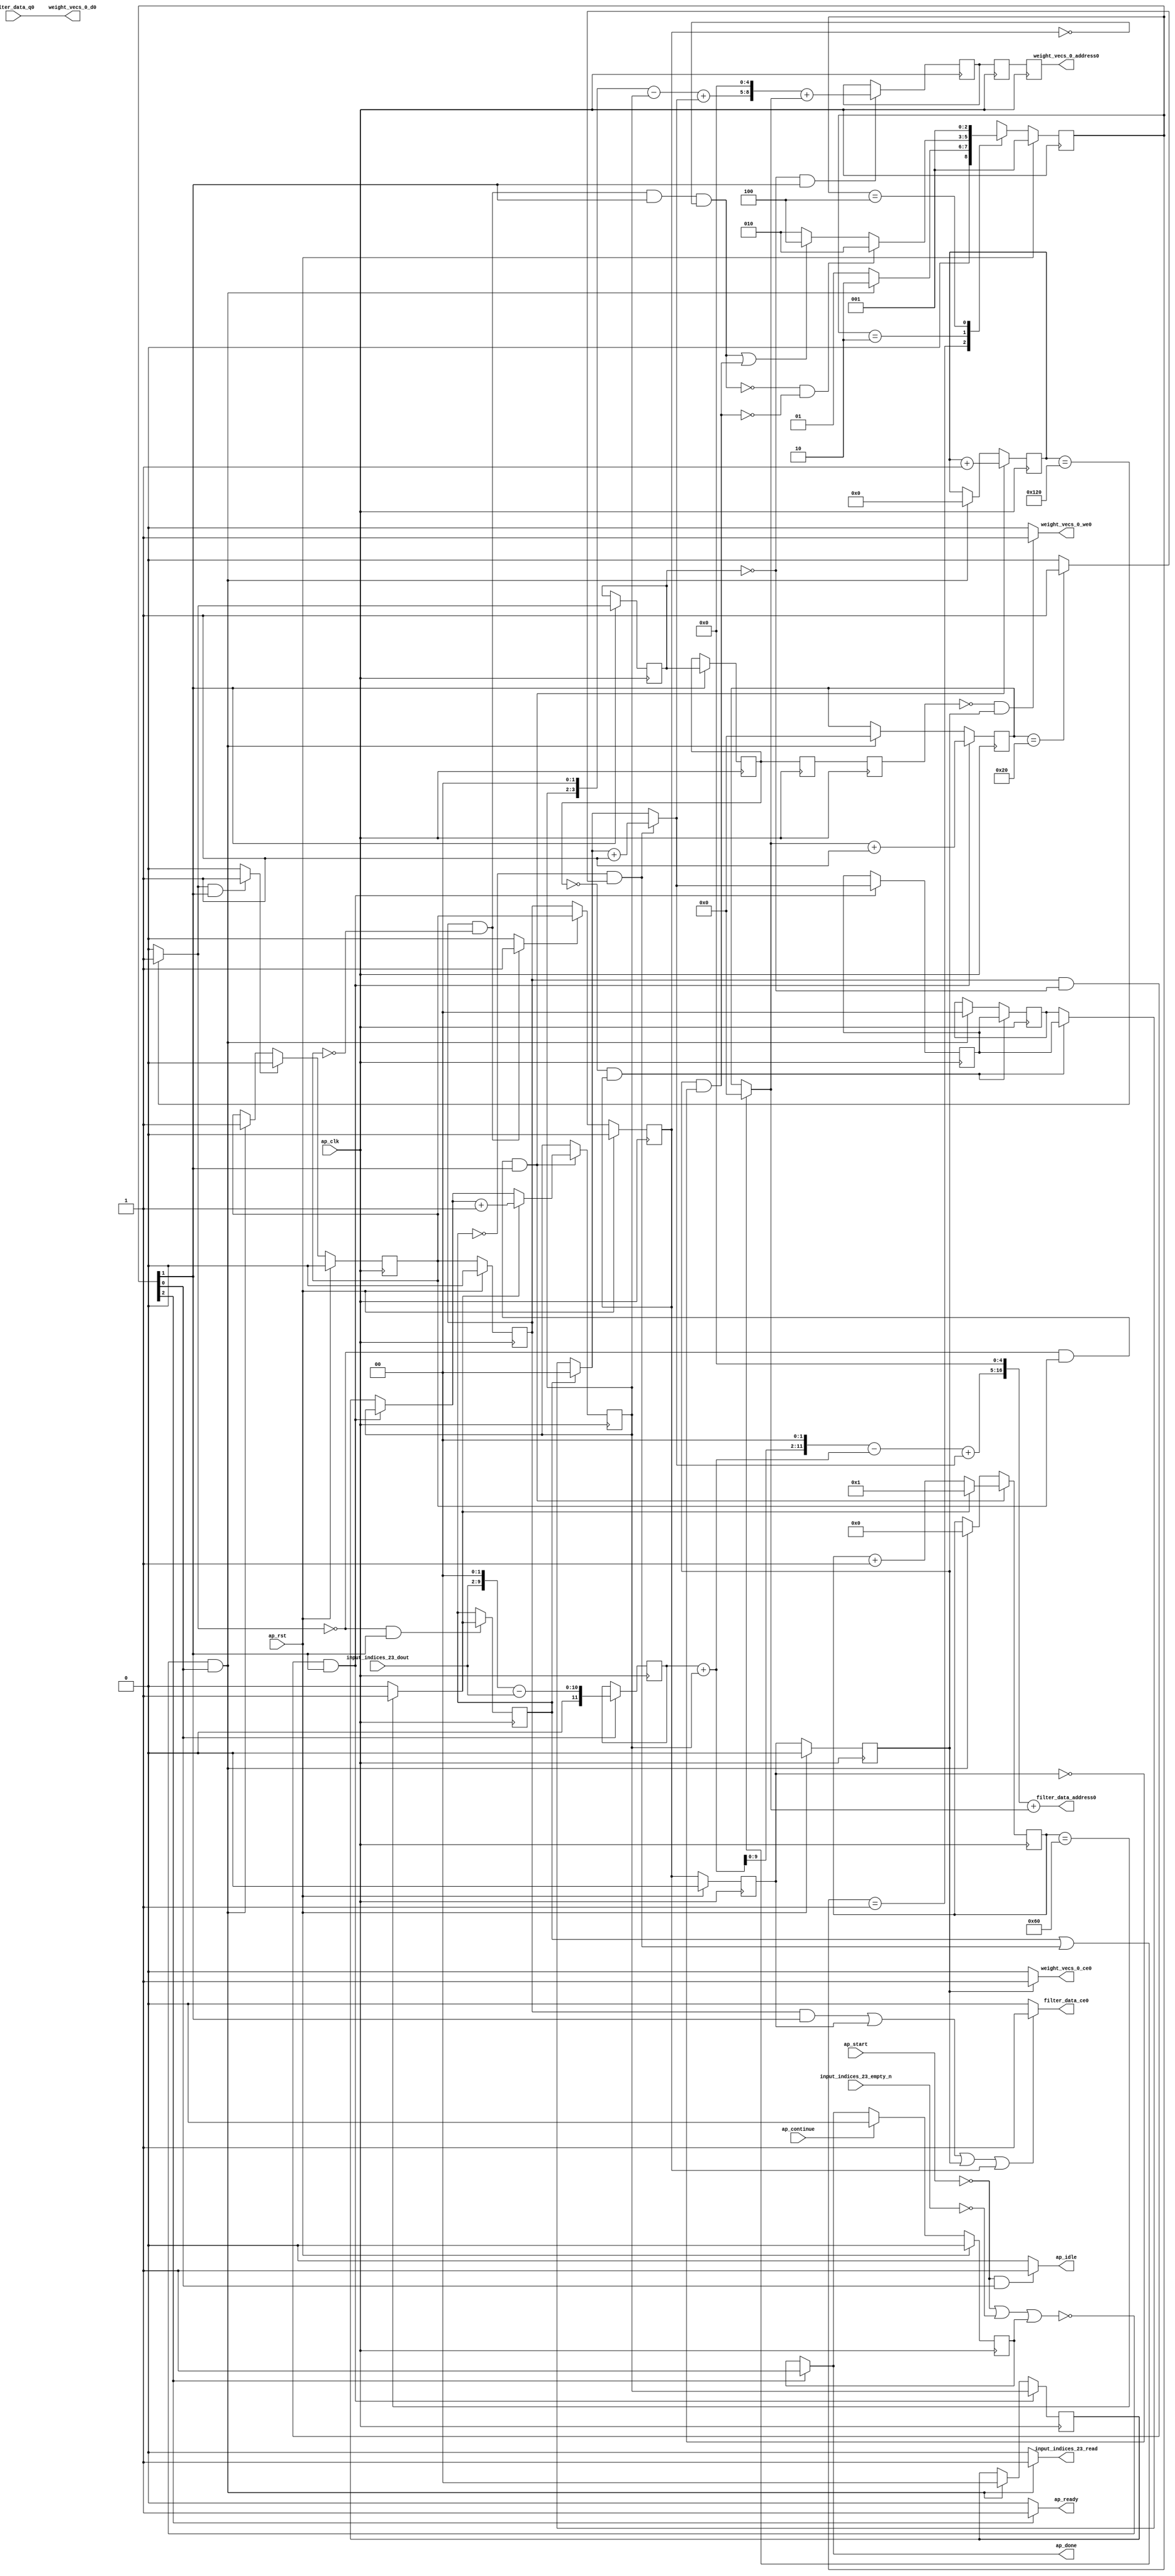
`define EXPONENT 5
`define MANTISSA 10
`define ACTUAL_MANTISSA 11
`define EXPONENT_LSB 10
`define EXPONENT_MSB 14
`define MANTISSA_LSB 0
`define MANTISSA_MSB 9
`define MANTISSA_MUL_SPLIT_LSB 3
`define MANTISSA_MUL_SPLIT_MSB 9
`define SIGN 1
`define SIGN_LOC 15
`define DWIDTH (`SIGN+`EXPONENT+`MANTISSA)
`define IEEE_COMPLIANCE 1

module td_fused_top_tdf8_readFilters56 (
        ap_clk,
        ap_rst,
        ap_start,
        ap_done,
        ap_continue,
        ap_idle,
        ap_ready,
        filter_data_address0,
        filter_data_ce0,
        filter_data_q0,
        input_indices_23_dout,
        input_indices_23_empty_n,
        input_indices_23_read,
        weight_vecs_0_address0,
        weight_vecs_0_ce0,
        weight_vecs_0_we0,
        weight_vecs_0_d0
);

parameter    ap_ST_fsm_state1 = 3'd1;
parameter    ap_ST_fsm_pp0_stage0 = 3'd2;
parameter    ap_ST_fsm_state7 = 3'd4;

input   ap_clk;
input   ap_rst;
input   ap_start;
output   ap_done;
input   ap_continue;
output   ap_idle;
output   ap_ready;
output  [16:0] filter_data_address0;
output   filter_data_ce0;
input  [15:0] filter_data_q0;
input  [7:0] input_indices_23_dout;
input   input_indices_23_empty_n;
output   input_indices_23_read;
output  [8:0] weight_vecs_0_address0;
output   weight_vecs_0_ce0;
output   weight_vecs_0_we0;
output  [15:0] weight_vecs_0_d0;

reg ap_done;
reg ap_idle;
reg ap_ready;
reg filter_data_ce0;
reg input_indices_23_read;
reg weight_vecs_0_ce0;
reg weight_vecs_0_we0;

reg    ap_done_reg;
  reg   [2:0] ap_CS_fsm;
wire    ap_CS_fsm_state1;
reg    input_indices_23_blk_n;
reg   [8:0] indvar_flatten13_reg_123;
reg   [1:0] ii_reg_134;
reg   [7:0] indvar_flatten_reg_145;
reg   [1:0] jj_reg_156;
reg   [5:0] kk_reg_167;
wire   [11:0] sext_ln47_fu_200_p1;
reg   [11:0] sext_ln47_reg_408;
wire   [8:0] add_ln47_1_fu_204_p2;
wire    ap_CS_fsm_pp0_stage0;
reg    ap_enable_reg_pp0_iter0;
wire    ap_block_state2_pp0_stage0_iter0;
wire    ap_block_state3_pp0_stage0_iter1;
wire    ap_block_state4_pp0_stage0_iter2;
wire    ap_block_state5_pp0_stage0_iter3;
wire    ap_block_state6_pp0_stage0_iter4;
wire    ap_block_pp0_stage0_11001;
wire   [0:0] icmp_ln47_fu_210_p2;
reg   [0:0] icmp_ln47_reg_418;
reg   [0:0] icmp_ln47_reg_418_pp0_iter1_reg;
reg   [0:0] icmp_ln47_reg_418_pp0_iter2_reg;
reg   [0:0] icmp_ln47_reg_418_pp0_iter3_reg;
wire   [0:0] icmp_ln48_fu_222_p2;
reg   [0:0] icmp_ln48_reg_422;
wire   [1:0] select_ln47_1_fu_228_p3;
reg   [1:0] select_ln47_1_reg_429;
wire   [7:0] select_ln48_2_fu_242_p3;
wire   [1:0] select_ln48_1_fu_329_p3;
reg   [1:0] select_ln48_1_reg_442;
reg    ap_enable_reg_pp0_iter1;
wire   [8:0] add_ln55_4_fu_392_p2;
reg   [8:0] add_ln55_4_reg_452;
reg   [8:0] add_ln55_4_reg_452_pp0_iter2_reg;
reg   [8:0] add_ln55_4_reg_452_pp0_iter3_reg;
wire   [5:0] add_ln49_fu_398_p2;
reg    ap_block_state1;
wire    ap_block_pp0_stage0_subdone;
reg    ap_condition_pp0_flush_enable;
reg    ap_enable_reg_pp0_iter2;
reg    ap_condition_pp0_exit_iter1_state3;
reg    ap_enable_reg_pp0_iter3;
reg    ap_enable_reg_pp0_iter4;
reg   [1:0] ap_phi_mux_ii_phi_fu_138_p4;
wire    ap_block_pp0_stage0;
reg   [1:0] ap_phi_mux_jj_phi_fu_160_p4;
wire   [63:0] zext_ln55_9_fu_387_p1;
wire   [63:0] zext_ln55_10_fu_404_p1;
wire   [9:0] tmp_fu_182_p3;
wire   [10:0] zext_ln55_2_fu_190_p1;
wire   [10:0] zext_ln55_fu_178_p1;
wire   [10:0] sub_ln55_fu_194_p2;
wire   [1:0] add_ln47_fu_216_p2;
wire   [7:0] add_ln48_1_fu_236_p2;
wire   [11:0] zext_ln55_4_fu_260_p1;
wire   [11:0] add_ln55_fu_263_p2;
wire   [11:0] shl_ln55_fu_268_p2;
wire   [3:0] tmp_s_fu_280_p3;
wire   [3:0] zext_ln55_3_fu_257_p1;
wire   [0:0] icmp_ln49_fu_298_p2;
wire   [0:0] xor_ln47_fu_293_p2;
wire   [1:0] select_ln47_fu_250_p3;
wire   [0:0] and_ln47_fu_304_p2;
wire   [0:0] or_ln48_fu_316_p2;
wire   [1:0] add_ln48_fu_310_p2;
wire   [11:0] sub_ln55_1_fu_274_p2;
wire   [11:0] zext_ln55_6_fu_341_p1;
wire   [11:0] add_ln55_1_fu_345_p2;
wire   [3:0] sub_ln55_2_fu_287_p2;
wire   [3:0] zext_ln55_5_fu_337_p1;
wire   [3:0] add_ln55_2_fu_359_p2;
wire   [5:0] select_ln48_fu_321_p3;
wire   [16:0] tmp_24_cast_fu_351_p3;
wire   [16:0] zext_ln55_8_fu_377_p1;
wire   [16:0] add_ln55_3_fu_381_p2;
wire   [8:0] tmp_26_cast_fu_365_p3;
wire   [8:0] zext_ln55_7_fu_373_p1;
wire    ap_CS_fsm_state7;
reg   [2:0] ap_NS_fsm;
reg    ap_idle_pp0;
wire    ap_enable_pp0;
wire    ap_ce_reg;

// power-on initialization
initial begin
#0 ap_done_reg = 1'b0;
#0 ap_CS_fsm = 3'd1;
#0 ap_enable_reg_pp0_iter0 = 1'b0;
#0 ap_enable_reg_pp0_iter1 = 1'b0;
#0 ap_enable_reg_pp0_iter2 = 1'b0;
#0 ap_enable_reg_pp0_iter3 = 1'b0;
#0 ap_enable_reg_pp0_iter4 = 1'b0;
end

always @ (posedge ap_clk) begin
    if (ap_rst == 1'b1) begin
        ap_CS_fsm <= ap_ST_fsm_state1;
    end else begin
        ap_CS_fsm <= ap_NS_fsm;
    end
end

always @ (posedge ap_clk) begin
    if (ap_rst == 1'b1) begin
        ap_done_reg <= 1'b0;
    end else begin
        if ((ap_continue == 1'b1)) begin
            ap_done_reg <= 1'b0;
        end else if ((1'b1 == ap_CS_fsm_state7)) begin
            ap_done_reg <= 1'b1;
        end
    end
end

always @ (posedge ap_clk) begin
    if (ap_rst == 1'b1) begin
        ap_enable_reg_pp0_iter0 <= 1'b0;
    end else begin
        if ((1'b1 == ap_condition_pp0_flush_enable)) begin
            ap_enable_reg_pp0_iter0 <= 1'b0;
        end else if ((~((ap_start == 1'b0) | (input_indices_23_empty_n == 1'b0) | (ap_done_reg == 1'b1)) & (1'b1 == ap_CS_fsm_state1))) begin
            ap_enable_reg_pp0_iter0 <= 1'b1;
        end
    end
end

always @ (posedge ap_clk) begin
    if (ap_rst == 1'b1) begin
        ap_enable_reg_pp0_iter1 <= 1'b0;
    end else begin
        if ((1'b0 == ap_block_pp0_stage0_subdone)) begin
            ap_enable_reg_pp0_iter1 <= ap_enable_reg_pp0_iter0;
        end
    end
end

always @ (posedge ap_clk) begin
    if (ap_rst == 1'b1) begin
        ap_enable_reg_pp0_iter2 <= 1'b0;
    end else begin
        if ((1'b0 == ap_block_pp0_stage0_subdone)) begin
            if ((1'b1 == ap_condition_pp0_exit_iter1_state3)) begin
                ap_enable_reg_pp0_iter2 <= ap_enable_reg_pp0_iter0;
            end else if ((1'b1 == 1'b1)) begin
                ap_enable_reg_pp0_iter2 <= ap_enable_reg_pp0_iter1;
            end
        end
    end
end

always @ (posedge ap_clk) begin
    if (ap_rst == 1'b1) begin
        ap_enable_reg_pp0_iter3 <= 1'b0;
    end else begin
        if ((1'b0 == ap_block_pp0_stage0_subdone)) begin
            ap_enable_reg_pp0_iter3 <= ap_enable_reg_pp0_iter2;
        end
    end
end

always @ (posedge ap_clk) begin
    if (ap_rst == 1'b1) begin
        ap_enable_reg_pp0_iter4 <= 1'b0;
    end else begin
        if ((1'b0 == ap_block_pp0_stage0_subdone)) begin
            ap_enable_reg_pp0_iter4 <= ap_enable_reg_pp0_iter3;
        end else if ((~((ap_start == 1'b0) | (input_indices_23_empty_n == 1'b0) | (ap_done_reg == 1'b1)) & (1'b1 == ap_CS_fsm_state1))) begin
            ap_enable_reg_pp0_iter4 <= 1'b0;
        end
    end
end

always @ (posedge ap_clk) begin
    if (((ap_enable_reg_pp0_iter1 == 1'b1) & (icmp_ln47_reg_418 == 1'd0) & (1'b0 == ap_block_pp0_stage0_11001) & (1'b1 == ap_CS_fsm_pp0_stage0))) begin
        ii_reg_134 <= select_ln47_1_reg_429;
    end else if ((~((ap_start == 1'b0) | (input_indices_23_empty_n == 1'b0) | (ap_done_reg == 1'b1)) & (1'b1 == ap_CS_fsm_state1))) begin
        ii_reg_134 <= 2'd0;
    end
end

always @ (posedge ap_clk) begin
    if (((icmp_ln47_fu_210_p2 == 1'd0) & (1'b0 == ap_block_pp0_stage0_11001) & (ap_enable_reg_pp0_iter0 == 1'b1) & (1'b1 == ap_CS_fsm_pp0_stage0))) begin
        indvar_flatten13_reg_123 <= add_ln47_1_fu_204_p2;
    end else if ((~((ap_start == 1'b0) | (input_indices_23_empty_n == 1'b0) | (ap_done_reg == 1'b1)) & (1'b1 == ap_CS_fsm_state1))) begin
        indvar_flatten13_reg_123 <= 9'd0;
    end
end

always @ (posedge ap_clk) begin
    if (((icmp_ln47_fu_210_p2 == 1'd0) & (1'b0 == ap_block_pp0_stage0_11001) & (ap_enable_reg_pp0_iter0 == 1'b1) & (1'b1 == ap_CS_fsm_pp0_stage0))) begin
        indvar_flatten_reg_145 <= select_ln48_2_fu_242_p3;
    end else if ((~((ap_start == 1'b0) | (input_indices_23_empty_n == 1'b0) | (ap_done_reg == 1'b1)) & (1'b1 == ap_CS_fsm_state1))) begin
        indvar_flatten_reg_145 <= 8'd0;
    end
end

always @ (posedge ap_clk) begin
    if (((icmp_ln47_reg_418_pp0_iter1_reg == 1'd0) & (1'b0 == ap_block_pp0_stage0_11001) & (ap_enable_reg_pp0_iter2 == 1'b1))) begin
        jj_reg_156 <= select_ln48_1_reg_442;
    end else if ((~((ap_start == 1'b0) | (input_indices_23_empty_n == 1'b0) | (ap_done_reg == 1'b1)) & (1'b1 == ap_CS_fsm_state1))) begin
        jj_reg_156 <= 2'd0;
    end
end

always @ (posedge ap_clk) begin
    if (((ap_enable_reg_pp0_iter1 == 1'b1) & (icmp_ln47_reg_418 == 1'd0) & (1'b0 == ap_block_pp0_stage0_11001) & (1'b1 == ap_CS_fsm_pp0_stage0))) begin
        kk_reg_167 <= add_ln49_fu_398_p2;
    end else if ((~((ap_start == 1'b0) | (input_indices_23_empty_n == 1'b0) | (ap_done_reg == 1'b1)) & (1'b1 == ap_CS_fsm_state1))) begin
        kk_reg_167 <= 6'd0;
    end
end

always @ (posedge ap_clk) begin
    if (((icmp_ln47_reg_418 == 1'd0) & (1'b0 == ap_block_pp0_stage0_11001) & (1'b1 == ap_CS_fsm_pp0_stage0))) begin
        add_ln55_4_reg_452 <= add_ln55_4_fu_392_p2;
    end
end

always @ (posedge ap_clk) begin
    if ((1'b0 == ap_block_pp0_stage0_11001)) begin
        add_ln55_4_reg_452_pp0_iter2_reg <= add_ln55_4_reg_452;
        add_ln55_4_reg_452_pp0_iter3_reg <= add_ln55_4_reg_452_pp0_iter2_reg;
        icmp_ln47_reg_418_pp0_iter2_reg <= icmp_ln47_reg_418_pp0_iter1_reg;
        icmp_ln47_reg_418_pp0_iter3_reg <= icmp_ln47_reg_418_pp0_iter2_reg;
    end
end

always @ (posedge ap_clk) begin
    if (((1'b0 == ap_block_pp0_stage0_11001) & (1'b1 == ap_CS_fsm_pp0_stage0))) begin
        icmp_ln47_reg_418 <= icmp_ln47_fu_210_p2;
        icmp_ln47_reg_418_pp0_iter1_reg <= icmp_ln47_reg_418;
    end
end

always @ (posedge ap_clk) begin
    if (((icmp_ln47_fu_210_p2 == 1'd0) & (1'b0 == ap_block_pp0_stage0_11001) & (1'b1 == ap_CS_fsm_pp0_stage0))) begin
        icmp_ln48_reg_422 <= icmp_ln48_fu_222_p2;
    end
end

always @ (posedge ap_clk) begin
    if (((icmp_ln47_fu_210_p2 == 1'd0) & (1'b0 == ap_block_pp0_stage0_11001) & (ap_enable_reg_pp0_iter0 == 1'b1) & (1'b1 == ap_CS_fsm_pp0_stage0))) begin
        select_ln47_1_reg_429 <= select_ln47_1_fu_228_p3;
    end
end

always @ (posedge ap_clk) begin
    if (((ap_enable_reg_pp0_iter1 == 1'b1) & (icmp_ln47_reg_418 == 1'd0) & (1'b0 == ap_block_pp0_stage0_11001) & (1'b1 == ap_CS_fsm_pp0_stage0))) begin
        select_ln48_1_reg_442 <= select_ln48_1_fu_329_p3;
    end
end

always @ (posedge ap_clk) begin
    if ((1'b1 == ap_CS_fsm_state1)) begin
        sext_ln47_reg_408 <= sext_ln47_fu_200_p1;
    end
end

always @ (*) begin
    if (((ap_enable_reg_pp0_iter1 == 1'b1) & (ap_enable_reg_pp0_iter0 == 1'b0))) begin
        ap_condition_pp0_exit_iter1_state3 = 1'b1;
    end else begin
        ap_condition_pp0_exit_iter1_state3 = 1'b0;
    end
end

always @ (*) begin
    if (((icmp_ln47_fu_210_p2 == 1'd1) & (1'b0 == ap_block_pp0_stage0_subdone) & (1'b1 == ap_CS_fsm_pp0_stage0))) begin
        ap_condition_pp0_flush_enable = 1'b1;
    end else begin
        ap_condition_pp0_flush_enable = 1'b0;
    end
end

always @ (*) begin
    if ((1'b1 == ap_CS_fsm_state7)) begin
        ap_done = 1'b1;
    end else begin
        ap_done = ap_done_reg;
    end
end

always @ (*) begin
    if (((ap_start == 1'b0) & (1'b1 == ap_CS_fsm_state1))) begin
        ap_idle = 1'b1;
    end else begin
        ap_idle = 1'b0;
    end
end

always @ (*) begin
    if (((ap_enable_reg_pp0_iter1 == 1'b0) & (ap_enable_reg_pp0_iter0 == 1'b0) & (ap_enable_reg_pp0_iter4 == 1'b0) & (ap_enable_reg_pp0_iter3 == 1'b0) & (ap_enable_reg_pp0_iter2 == 1'b0))) begin
        ap_idle_pp0 = 1'b1;
    end else begin
        ap_idle_pp0 = 1'b0;
    end
end

always @ (*) begin
    if (((ap_enable_reg_pp0_iter1 == 1'b1) & (icmp_ln47_reg_418 == 1'd0) & (1'b0 == ap_block_pp0_stage0) & (1'b1 == ap_CS_fsm_pp0_stage0))) begin
        ap_phi_mux_ii_phi_fu_138_p4 = select_ln47_1_reg_429;
    end else begin
        ap_phi_mux_ii_phi_fu_138_p4 = ii_reg_134;
    end
end

always @ (*) begin
    if (((icmp_ln47_reg_418_pp0_iter1_reg == 1'd0) & (1'b0 == ap_block_pp0_stage0) & (ap_enable_reg_pp0_iter2 == 1'b1))) begin
        ap_phi_mux_jj_phi_fu_160_p4 = select_ln48_1_reg_442;
    end else begin
        ap_phi_mux_jj_phi_fu_160_p4 = jj_reg_156;
    end
end

always @ (*) begin
    if ((1'b1 == ap_CS_fsm_state7)) begin
        ap_ready = 1'b1;
    end else begin
        ap_ready = 1'b0;
    end
end

always @ (*) begin
    if ((((ap_enable_reg_pp0_iter1 == 1'b1) & (1'b0 == ap_block_pp0_stage0_11001) & (1'b1 == ap_CS_fsm_pp0_stage0)) | ((1'b0 == ap_block_pp0_stage0_11001) & (ap_enable_reg_pp0_iter3 == 1'b1)) | ((1'b0 == ap_block_pp0_stage0_11001) & (ap_enable_reg_pp0_iter4 == 1'b1)) | ((1'b0 == ap_block_pp0_stage0_11001) & (ap_enable_reg_pp0_iter2 == 1'b1)))) begin
        filter_data_ce0 = 1'b1;
    end else begin
        filter_data_ce0 = 1'b0;
    end
end

always @ (*) begin
    if ((~((ap_start == 1'b0) | (ap_done_reg == 1'b1)) & (1'b1 == ap_CS_fsm_state1))) begin
        input_indices_23_blk_n = input_indices_23_empty_n;
    end else begin
        input_indices_23_blk_n = 1'b1;
    end
end

always @ (*) begin
    if ((~((ap_start == 1'b0) | (input_indices_23_empty_n == 1'b0) | (ap_done_reg == 1'b1)) & (1'b1 == ap_CS_fsm_state1))) begin
        input_indices_23_read = 1'b1;
    end else begin
        input_indices_23_read = 1'b0;
    end
end

always @ (*) begin
    if (((1'b0 == ap_block_pp0_stage0_11001) & (ap_enable_reg_pp0_iter4 == 1'b1))) begin
        weight_vecs_0_ce0 = 1'b1;
    end else begin
        weight_vecs_0_ce0 = 1'b0;
    end
end

always @ (*) begin
    if (((icmp_ln47_reg_418_pp0_iter3_reg == 1'd0) & (1'b0 == ap_block_pp0_stage0_11001) & (ap_enable_reg_pp0_iter4 == 1'b1))) begin
        weight_vecs_0_we0 = 1'b1;
    end else begin
        weight_vecs_0_we0 = 1'b0;
    end
end

always @ (*) begin
    case (ap_CS_fsm)
        ap_ST_fsm_state1 : begin
            if ((~((ap_start == 1'b0) | (input_indices_23_empty_n == 1'b0) | (ap_done_reg == 1'b1)) & (1'b1 == ap_CS_fsm_state1))) begin
                ap_NS_fsm = ap_ST_fsm_pp0_stage0;
            end else begin
                ap_NS_fsm = ap_ST_fsm_state1;
            end
        end
        ap_ST_fsm_pp0_stage0 : begin
            if ((~((ap_enable_reg_pp0_iter1 == 1'b1) & (1'b0 == ap_block_pp0_stage0_subdone) & (ap_enable_reg_pp0_iter0 == 1'b0) & (1'b1 == ap_CS_fsm_pp0_stage0) & (ap_enable_reg_pp0_iter2 == 1'b0)) & ~((1'b0 == ap_block_pp0_stage0_subdone) & (ap_enable_reg_pp0_iter4 == 1'b1) & (ap_enable_reg_pp0_iter3 == 1'b0)))) begin
                ap_NS_fsm = ap_ST_fsm_pp0_stage0;
            end else if ((((ap_enable_reg_pp0_iter1 == 1'b1) & (1'b0 == ap_block_pp0_stage0_subdone) & (ap_enable_reg_pp0_iter0 == 1'b0) & (1'b1 == ap_CS_fsm_pp0_stage0) & (ap_enable_reg_pp0_iter2 == 1'b0)) | ((1'b0 == ap_block_pp0_stage0_subdone) & (ap_enable_reg_pp0_iter4 == 1'b1) & (ap_enable_reg_pp0_iter3 == 1'b0)))) begin
                ap_NS_fsm = ap_ST_fsm_state7;
            end else begin
                ap_NS_fsm = ap_ST_fsm_pp0_stage0;
            end
        end
        ap_ST_fsm_state7 : begin
            ap_NS_fsm = ap_ST_fsm_state1;
        end
        default : begin
            ap_NS_fsm = 'bx;
        end
    endcase
end

assign add_ln47_1_fu_204_p2 = (indvar_flatten13_reg_123 + 9'd1);

assign add_ln47_fu_216_p2 = (ap_phi_mux_ii_phi_fu_138_p4 + 2'd1);

assign add_ln48_1_fu_236_p2 = (indvar_flatten_reg_145 + 8'd1);

assign add_ln48_fu_310_p2 = (select_ln47_fu_250_p3 + 2'd1);

assign add_ln49_fu_398_p2 = (select_ln48_fu_321_p3 + 6'd1);

assign add_ln55_1_fu_345_p2 = (sub_ln55_1_fu_274_p2 + zext_ln55_6_fu_341_p1);

assign add_ln55_2_fu_359_p2 = (sub_ln55_2_fu_287_p2 + zext_ln55_5_fu_337_p1);

assign add_ln55_3_fu_381_p2 = (tmp_24_cast_fu_351_p3 + zext_ln55_8_fu_377_p1);

assign add_ln55_4_fu_392_p2 = (tmp_26_cast_fu_365_p3 + zext_ln55_7_fu_373_p1);

assign add_ln55_fu_263_p2 = ((sext_ln47_reg_408) + (zext_ln55_4_fu_260_p1));

assign and_ln47_fu_304_p2 = (xor_ln47_fu_293_p2 & icmp_ln49_fu_298_p2);

assign ap_CS_fsm_pp0_stage0 = ap_CS_fsm[32'd1];

assign ap_CS_fsm_state1 = ap_CS_fsm[32'd0];

assign ap_CS_fsm_state7 = ap_CS_fsm[32'd2];

assign ap_block_pp0_stage0 = ~(1'b1 == 1'b1);

assign ap_block_pp0_stage0_11001 = ~(1'b1 == 1'b1);

assign ap_block_pp0_stage0_subdone = ~(1'b1 == 1'b1);

always @ (*) begin
    ap_block_state1 = ((ap_start == 1'b0) | (input_indices_23_empty_n == 1'b0) | (ap_done_reg == 1'b1));
end

assign ap_block_state2_pp0_stage0_iter0 = ~(1'b1 == 1'b1);

assign ap_block_state3_pp0_stage0_iter1 = ~(1'b1 == 1'b1);

assign ap_block_state4_pp0_stage0_iter2 = ~(1'b1 == 1'b1);

assign ap_block_state5_pp0_stage0_iter3 = ~(1'b1 == 1'b1);

assign ap_block_state6_pp0_stage0_iter4 = ~(1'b1 == 1'b1);

assign ap_enable_pp0 = (ap_idle_pp0 ^ 1'b1);

assign filter_data_address0 = zext_ln55_9_fu_387_p1;

assign icmp_ln47_fu_210_p2 = ((indvar_flatten13_reg_123 == 9'd288) ? 1'b1 : 1'b0);

assign icmp_ln48_fu_222_p2 = ((indvar_flatten_reg_145 == 8'd96) ? 1'b1 : 1'b0);

assign icmp_ln49_fu_298_p2 = ((kk_reg_167 == 6'd32) ? 1'b1 : 1'b0);

assign or_ln48_fu_316_p2 = (icmp_ln48_reg_422 | and_ln47_fu_304_p2);

assign select_ln47_1_fu_228_p3 = ((icmp_ln48_fu_222_p2[0:0] == 1'b1) ? add_ln47_fu_216_p2 : ap_phi_mux_ii_phi_fu_138_p4);

assign select_ln47_fu_250_p3 = ((icmp_ln48_reg_422[0:0] == 1'b1) ? 2'd0 : ap_phi_mux_jj_phi_fu_160_p4);

assign select_ln48_1_fu_329_p3 = ((and_ln47_fu_304_p2[0:0] == 1'b1) ? add_ln48_fu_310_p2 : select_ln47_fu_250_p3);

assign select_ln48_2_fu_242_p3 = ((icmp_ln48_fu_222_p2[0:0] == 1'b1) ? 8'd1 : add_ln48_1_fu_236_p2);

assign select_ln48_fu_321_p3 = ((or_ln48_fu_316_p2[0:0] == 1'b1) ? 6'd0 : kk_reg_167);

assign sext_ln47_fu_200_p1 = (sub_ln55_fu_194_p2);

assign shl_ln55_fu_268_p2 = add_ln55_fu_263_p2 << 12'd2;

assign sub_ln55_1_fu_274_p2 = (shl_ln55_fu_268_p2 - add_ln55_fu_263_p2);

assign sub_ln55_2_fu_287_p2 = (tmp_s_fu_280_p3 - zext_ln55_3_fu_257_p1);

assign sub_ln55_fu_194_p2 = (zext_ln55_2_fu_190_p1 - zext_ln55_fu_178_p1);

assign tmp_24_cast_fu_351_p3 = {{add_ln55_1_fu_345_p2}, {5'd0}};

assign tmp_26_cast_fu_365_p3 = {{add_ln55_2_fu_359_p2}, {5'd0}};

assign tmp_fu_182_p3 = {{input_indices_23_dout}, {2'd0}};

assign tmp_s_fu_280_p3 = {{select_ln47_1_reg_429}, {2'd0}};

assign weight_vecs_0_address0 = zext_ln55_10_fu_404_p1;

assign weight_vecs_0_d0 = filter_data_q0;

assign xor_ln47_fu_293_p2 = (icmp_ln48_reg_422 ^ 1'd1);

assign zext_ln55_10_fu_404_p1 = add_ln55_4_reg_452_pp0_iter3_reg;

assign zext_ln55_2_fu_190_p1 = tmp_fu_182_p3;

assign zext_ln55_3_fu_257_p1 = select_ln47_1_reg_429;

assign zext_ln55_4_fu_260_p1 = select_ln47_1_reg_429;

assign zext_ln55_5_fu_337_p1 = select_ln48_1_fu_329_p3;

assign zext_ln55_6_fu_341_p1 = select_ln48_1_fu_329_p3;

assign zext_ln55_7_fu_373_p1 = select_ln48_fu_321_p3;

assign zext_ln55_8_fu_377_p1 = select_ln48_fu_321_p3;

assign zext_ln55_9_fu_387_p1 = add_ln55_3_fu_381_p2;

assign zext_ln55_fu_178_p1 = input_indices_23_dout;

endmodule //td_fused_top_tdf8_readFilters56